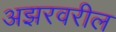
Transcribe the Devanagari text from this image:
अझरवरील